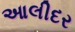
આલીદર